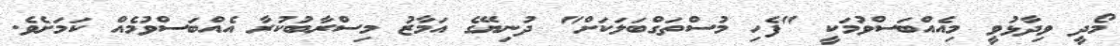
މޯދީ ވިދާޅުވީ މިއެއްބަސްވުމަކީ "ފެހި މުސްތަގްބަލަކަށް" ދުނިޔޭގެ އަމާޒު މިސްރާބުކުރާ އެއްބަސްވުމެއް ކަމަށެވެ.